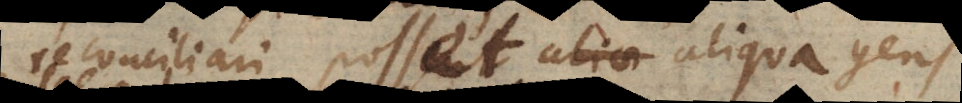
reconciliari possent aliae gentes